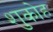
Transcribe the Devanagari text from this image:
शुकोह